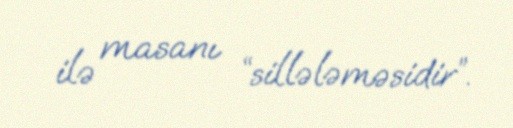
ilə masanı “sillələməsidir”.